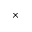
\times